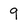
Character: 9